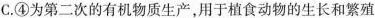
C.④为第二次的有机物质生产，用于植食动物的生长和繁殖